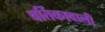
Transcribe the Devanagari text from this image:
वर्तिकावाली